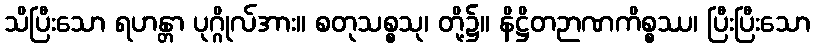
သိပြီးသော ရဟန္တာ ပုဂ္ဂိုလ်အား။ စတုသစ္စသု၊ တို့၌။ နိဋ္ဌိတဉာဏကိစ္စဿ၊ ပြီးပြီးသော